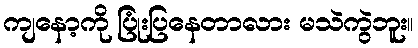
ကျနော့ကို ပြုံးပြနေတာလား မသဲကွဲဘူး။